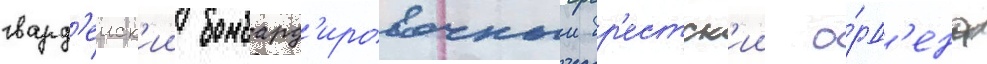
гвард'еиск'ии бомбард'ировочныи бр'естск'ии о́рд'ена